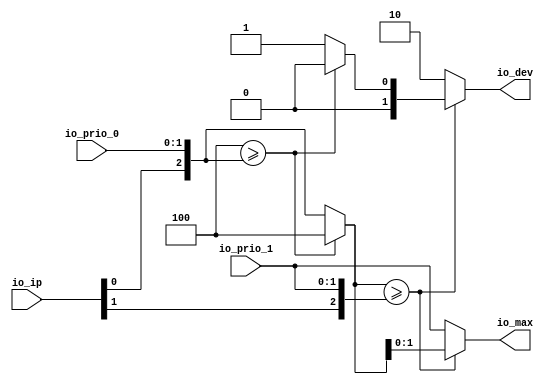
module PLICFanIn( // @[:freechips.rocketchip.system.DefaultRV32Config.fir@90362.2]
  input  [1:0] io_prio_0, // @[:freechips.rocketchip.system.DefaultRV32Config.fir@90365.4]
  input  [1:0] io_prio_1, // @[:freechips.rocketchip.system.DefaultRV32Config.fir@90365.4]
  input  [1:0] io_ip, // @[:freechips.rocketchip.system.DefaultRV32Config.fir@90365.4]
  output [1:0] io_dev, // @[:freechips.rocketchip.system.DefaultRV32Config.fir@90365.4]
  output [1:0] io_max // @[:freechips.rocketchip.system.DefaultRV32Config.fir@90365.4]
);
  wire [2:0] effectivePriority_1; // @[Cat.scala 29:58:freechips.rocketchip.system.DefaultRV32Config.fir@90373.4]
  wire [2:0] effectivePriority_2; // @[Cat.scala 29:58:freechips.rocketchip.system.DefaultRV32Config.fir@90374.4]
  wire  _T_2; // @[Plic.scala 338:20:freechips.rocketchip.system.DefaultRV32Config.fir@90375.4]
  wire [2:0] _T_4; // @[Misc.scala 34:9:freechips.rocketchip.system.DefaultRV32Config.fir@90377.4]
  wire  _T_5; // @[Misc.scala 34:36:freechips.rocketchip.system.DefaultRV32Config.fir@90378.4]
  wire  _T_6; // @[Plic.scala 338:20:freechips.rocketchip.system.DefaultRV32Config.fir@90379.4]
  wire [2:0] maxPri; // @[Misc.scala 34:9:freechips.rocketchip.system.DefaultRV32Config.fir@90381.4]
  assign effectivePriority_1 = {io_ip[0],io_prio_0}; // @[Cat.scala 29:58:freechips.rocketchip.system.DefaultRV32Config.fir@90373.4]
  assign effectivePriority_2 = {io_ip[1],io_prio_1}; // @[Cat.scala 29:58:freechips.rocketchip.system.DefaultRV32Config.fir@90374.4]
  assign _T_2 = 3'h4 >= effectivePriority_1; // @[Plic.scala 338:20:freechips.rocketchip.system.DefaultRV32Config.fir@90375.4]
  assign _T_4 = _T_2 ? 3'h4 : effectivePriority_1; // @[Misc.scala 34:9:freechips.rocketchip.system.DefaultRV32Config.fir@90377.4]
  assign _T_5 = _T_2 ? 1'h0 : 1'h1; // @[Misc.scala 34:36:freechips.rocketchip.system.DefaultRV32Config.fir@90378.4]
  assign _T_6 = _T_4 >= effectivePriority_2; // @[Plic.scala 338:20:freechips.rocketchip.system.DefaultRV32Config.fir@90379.4]
  assign maxPri = _T_6 ? _T_4 : effectivePriority_2; // @[Misc.scala 34:9:freechips.rocketchip.system.DefaultRV32Config.fir@90381.4]
  assign io_dev = _T_6 ? {{1'd0}, _T_5} : 2'h2; // @[Plic.scala 345:10:freechips.rocketchip.system.DefaultRV32Config.fir@90384.4]
  assign io_max = maxPri[1:0]; // @[Plic.scala 344:10:freechips.rocketchip.system.DefaultRV32Config.fir@90383.4]
endmodule